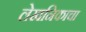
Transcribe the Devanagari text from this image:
लेखनिकाचा